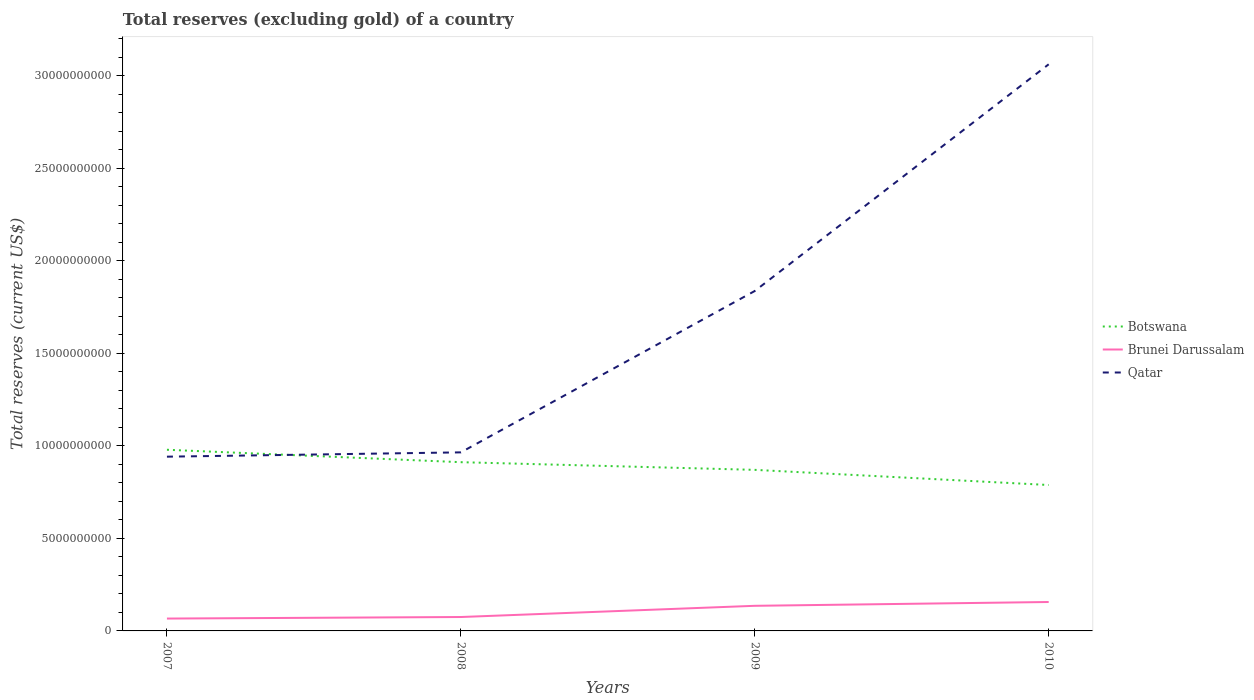
| Years | Botswana | Brunei Darussalam | Qatar |
 | --- | --- | --- | --- |
 | 2007 | 9.79e+09 | 6.67e+08 | 9.42e+09 |
 | 2008 | 9.12e+09 | 7.51e+08 | 9.65e+09 |
 | 2009 | 8.7e+09 | 1.36e+09 | 1.84e+10 |
 | 2010 | 7.89e+09 | 1.56e+09 | 3.06e+10 |